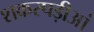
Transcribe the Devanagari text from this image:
शकरपड़ीआं